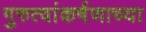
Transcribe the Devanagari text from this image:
गुरुत्वांकर्षणाच्या